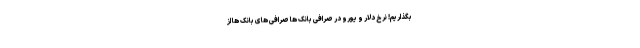
بگذاریم! نرخ دلار و یورو در صرافی بانک ‌ها صرافی ‌های بانک‌ ها از